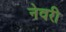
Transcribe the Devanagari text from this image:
नेवरी